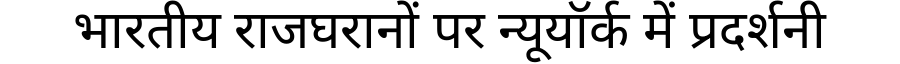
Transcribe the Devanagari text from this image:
भारतीय राजघरानों पर न्यूयॉर्क में प्रदर्शनी